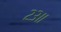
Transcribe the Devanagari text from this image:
२३॥